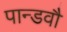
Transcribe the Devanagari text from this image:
पान्डवौ